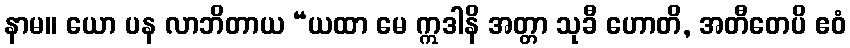
နာမ။ ယော ပန လာဘိတာယ “ယထာ မေ ဣဒါနိ အတ္တာ သုခီ ဟောတိ, အတီတေပိ ဧဝံ